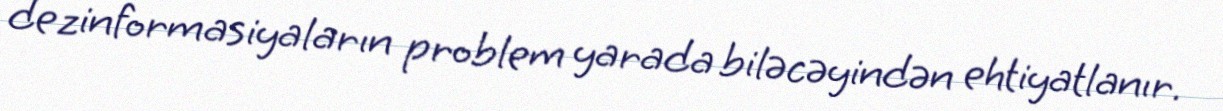
dezinformasiyaların problem yarada biləcəyindən ehtiyatlanır.